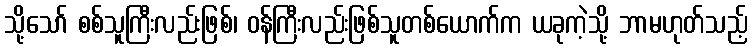
သို့သော် စစ်သူကြီးလည်းဖြစ်၊ ဝန်ကြီးလည်းဖြစ်သူတစ်ယောက်က ယခုကဲ့သို့ ဘာမဟုတ်သည့်